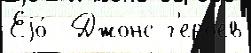
Еjо́  Джонс г'еро́ев